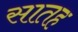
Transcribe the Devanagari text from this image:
सातह